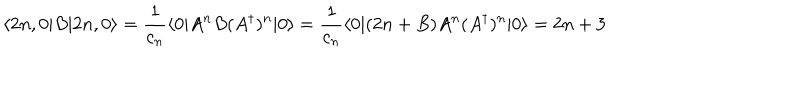
\langle 2 n , 0 | B | 2 n , 0 \rangle = { \frac { 1 } { c _ { n } } } \langle 0 | A ^ { n } B ( A ^ { \dagger } ) ^ { n } | 0 \rangle = { \frac { 1 } { c _ { n } } } \langle 0 | ( 2 n + B ) A ^ { n } ( A ^ { \dagger } ) ^ { n } | 0 \rangle = 2 n + 3